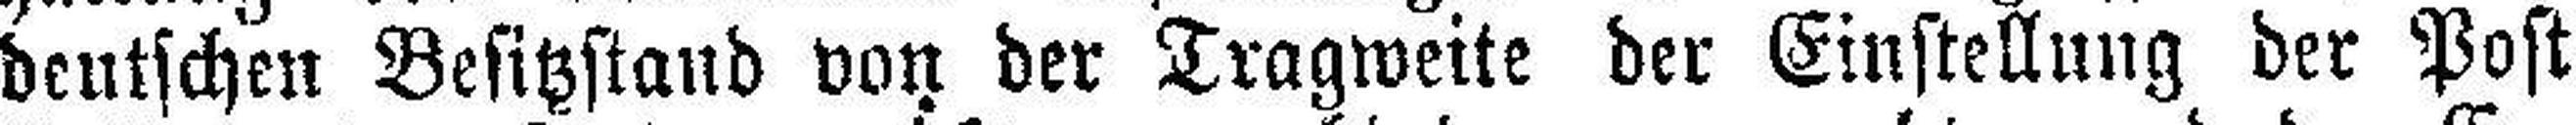
deutschen Besitzstand von der Tragweite der Einstellung der Post